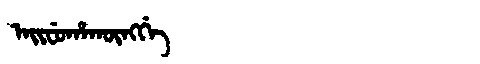
Manchu: ᠠᡳᠸᡠᡥᠠᡴᡡᠩᡤᡝ
Romanization: AIFUHAKŪNGGE